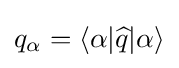
q_{\alpha }=\langle \alpha |{\widehat {q}}|\alpha \rangle